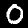
Label: 0